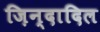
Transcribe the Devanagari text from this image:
ज़िन्दादिल